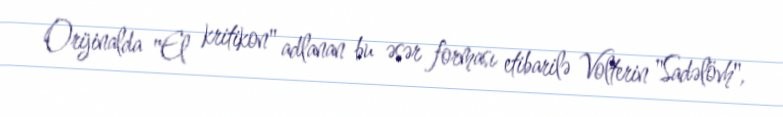
Orijinalda "El kritikon" adlanan bu əsər forması etibarilə Volterin "Sadəlövh",